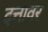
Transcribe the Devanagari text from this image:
दत्तावर